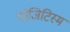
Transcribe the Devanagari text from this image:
पोजिटिस्म